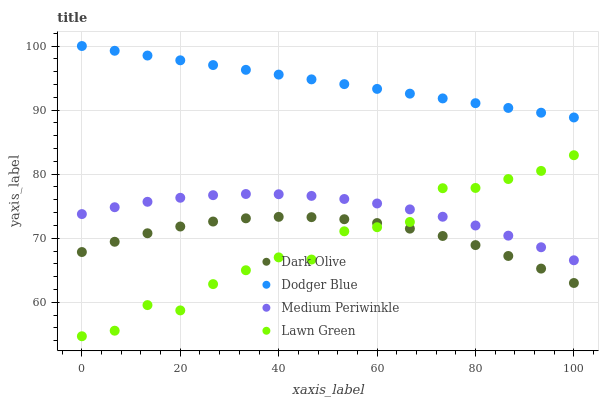
| xaxis_label | Dark Olive | Dodger Blue | Medium Periwinkle | Lawn Green |
 | --- | --- | --- | --- | --- |
 | 0 | 67.8 | 100 | 73.8 | 54.7 |
 | 6.67 | 69.4 | 99.3 | 74.8 | 55.6 |
 | 13.3 | 70.8 | 98.5 | 75.7 | 59.6 |
 | 20 | 71.8 | 97.8 | 76.3 | 58.7 |
 | 26.7 | 72.6 | 97 | 76.7 | 62.8 |
 | 33.3 | 73.1 | 96.3 | 76.9 | 65 |
 | 40 | 73.3 | 95.5 | 76.9 | 67 |
 | 46.7 | 73.3 | 94.8 | 76.6 | 66.7 |
 | 53.3 | 73 | 94.1 | 76.1 | 71.1 |
 | 60 | 72.4 | 93.3 | 75.4 | 71.7 |
 | 66.7 | 71.5 | 92.6 | 74.5 | 72.5 |
 | 73.3 | 70.3 | 91.8 | 73.4 | 77.8 |
 | 80 | 68.9 | 91.1 | 72 | 77.8 |
 | 86.7 | 67.2 | 90.3 | 70.4 | 79.2 |
 | 93.3 | 65.3 | 89.6 | 68.6 | 80.5 |
 | 100 | 63 | 88.8 | 66.6 | 83 |